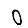
Digit: 0